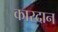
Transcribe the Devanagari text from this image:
कारदान